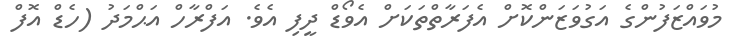
މުވައްޒަފުންގެ އަގުވަޒަންކޮށް އެފަރާތްތަކަށް އެވޯޑް ދީފި އެވެ. އަފްރާހް އަޙްމަދު (ހެޑް އޮފް